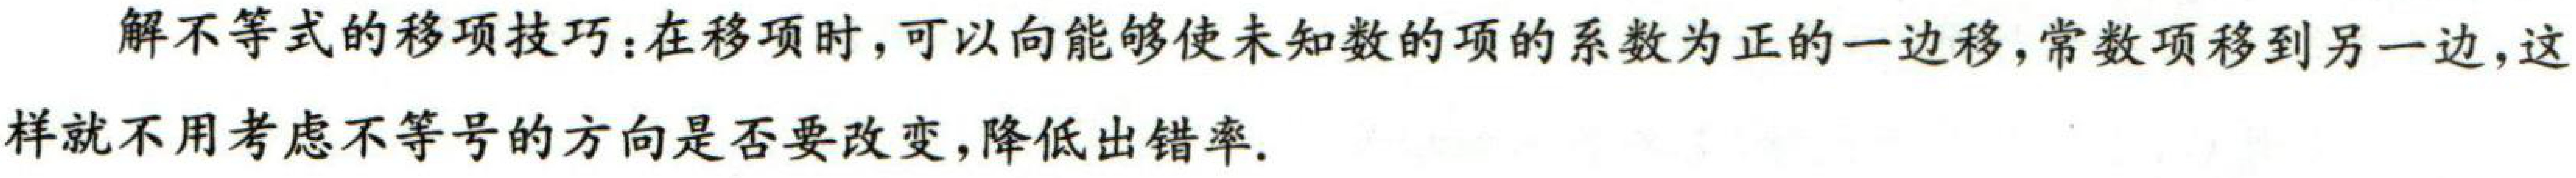
解不等式的移项技巧：在移项时，可以向能够使未知数的项的系数为正的一边移，常数项移到另一边，这样就不用考虑不等号的方向是否要改变，降低出错率.